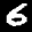
Label: 6